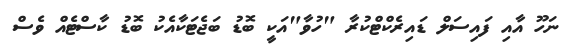
ނަހޫ އާއި ފައިސަލް ޑައިރެކްޓްކުރާ "ހުވާ"އަކީ ބޮޑު ބަޖެޓަކާއެކު ބޮޑު ކާސްޓެއް ވެސް